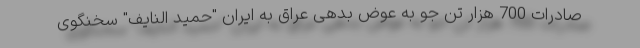
صادرات 700 هزار تن جو به عوض بدهی عراق به ایران "حمید النایف" سخنگوی